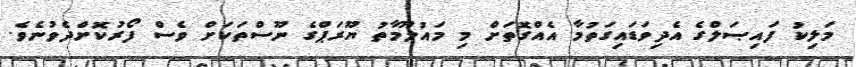
މަލިކު ފައިޞަލްގެ އެދިވަޑައިގަތުމާ އެއްގޮތަށް މި މައުލޫމާތު ޔޫރަޕްގެ ނޫސްތަކަށް ވެސް ފޯރުކޮށްދެވުނެވެ.